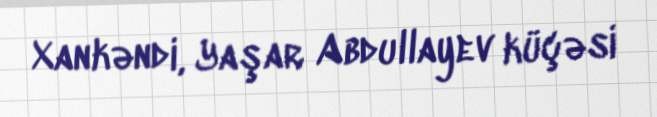
Xankəndi, Yaşar Abdullayev küçəsi